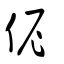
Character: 伲